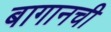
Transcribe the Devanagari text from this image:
बागानची